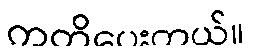
ကတိပေးတယ်။